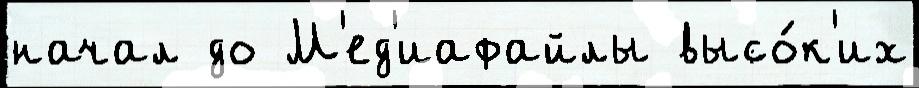
начал до М'ед'иафайлы высо́к'их